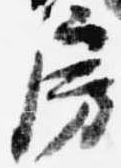
房